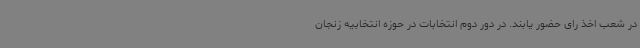
در شعب اخذ رای حضور یابند. در دور دوم انتخابات در حوزه انتخابیه زنجان